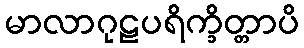
မာလာဂုဠပရိက္ခိတ္တာပိ